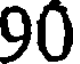
90